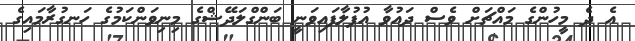
އެ ދެ މީހުންގެ މައްޗަށް ވެސް ދައުވާ އުފުލާފައިވަނީ ބަންގްލަދޭޝްގެ މިނިވަންކަމުގެ ހަނގުރާމައިގެ